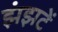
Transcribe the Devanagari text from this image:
झंझटें